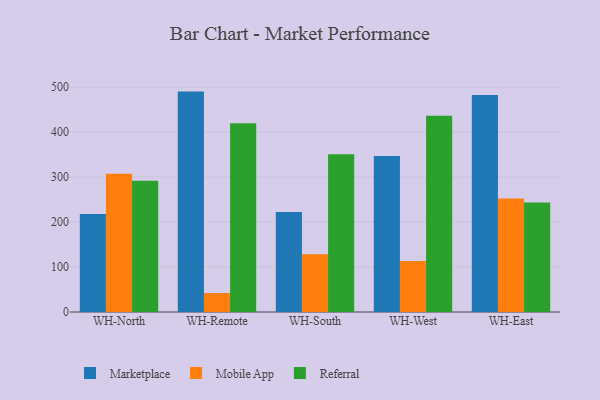
{"axis": {"x": "Warehouse", "y": "Latency (ms)"}, "legend": ["Marketplace", "Mobile App", "Referral"], "data": [{"x": "WH-North", "y": 218.1, "type": "Marketplace"}, {"x": "WH-North", "y": 307.2, "type": "Mobile App"}, {"x": "WH-North", "y": 291.7, "type": "Referral"}, {"x": "WH-Remote", "y": 489.9, "type": "Marketplace"}, {"x": "WH-Remote", "y": 42.3, "type": "Mobile App"}, {"x": "WH-Remote", "y": 419.6, "type": "Referral"}, {"x": "WH-South", "y": 222.5, "type": "Marketplace"}, {"x": "WH-South", "y": 128.5, "type": "Mobile App"}, {"x": "WH-South", "y": 350.4, "type": "Referral"}, {"x": "WH-West", "y": 346.9, "type": "Marketplace"}, {"x": "WH-West", "y": 113.2, "type": "Mobile App"}, {"x": "WH-West", "y": 436.2, "type": "Referral"}, {"x": "WH-East", "y": 482.6, "type": "Marketplace"}, {"x": "WH-East", "y": 252.5, "type": "Mobile App"}, {"x": "WH-East", "y": 243.4, "type": "Referral"}]}